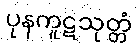
ပုနကူဋသုတ္တံ